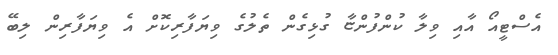
އެސްޓީއޯ އާއި ވިލާ ކުންފުންޏާ ގުޅިގެން ތެލުގެ ވިޔަފާރިކޮށް އެ ވިޔަފާރިން ލިބޭ